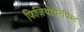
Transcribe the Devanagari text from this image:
फिज़ियोथेरेपिस्ट